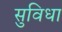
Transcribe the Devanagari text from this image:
सुविधा